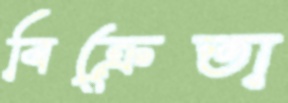
বিক্রেতা